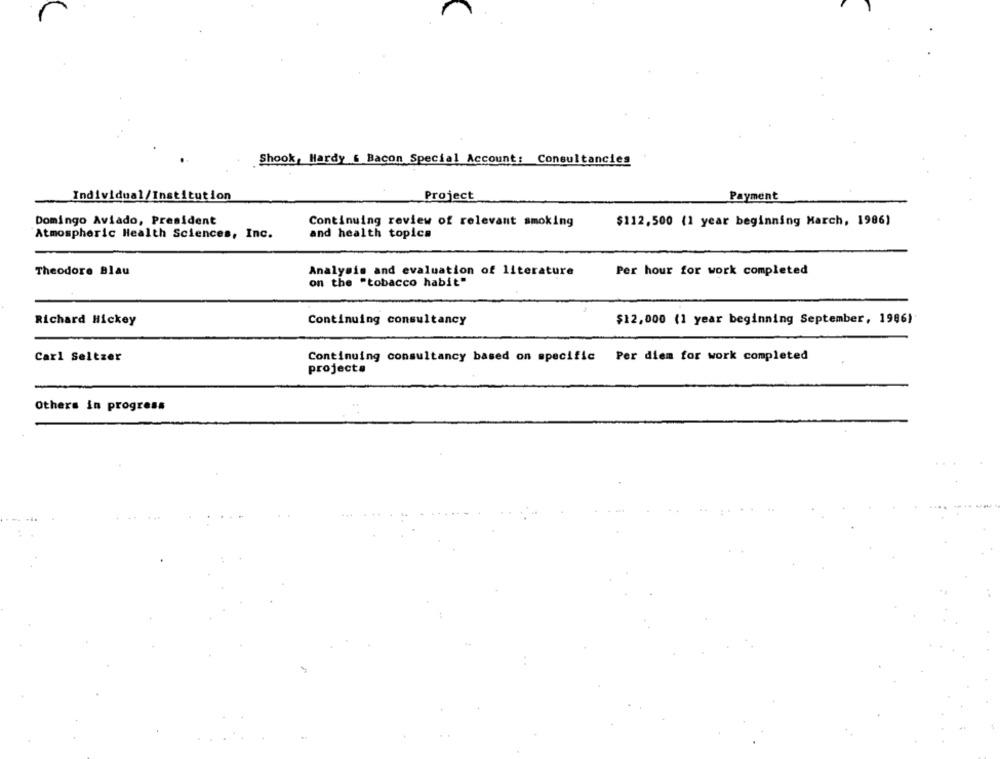
Shook, Hardy & Bacon Special Account: Consultancies
Individual/Institution
Project
Payment
Domingo Aviado, President
Continuing review of relevant smoking
$112,500 (1 year beginning March, 1986)
Atmospheric Health Sciences, Inc.
and health topics
Theodore Blau
Analysis and evaluation of literature
Per hour for work completed
on the "tobacco habit"
Richard Hickey
Continuing consultancy
$12,000 (1 year beginning September, 1986)
Continuing consultancy based on specific Per diem for work completed
Carl Seltzer
projecta
Others in progress